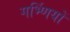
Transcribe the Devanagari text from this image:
गर्भ्णियों